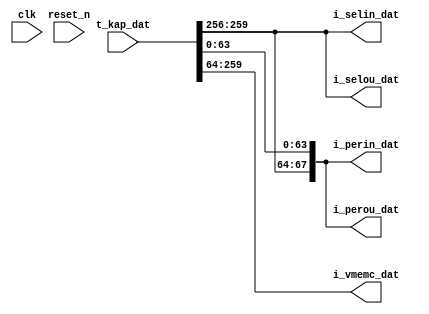
module kap_ctrl_dat_1_5
  (
   input wire [259:0] t_kap_dat,
   
   output wire [3:0]                         i_selin_dat,
   output wire [67:0]                i_perin_dat,
   output wire [195:0]                i_vmemc_dat,
   output wire [67:0]                i_perou_dat,
   output wire [3:0]                         i_selou_dat,
   
   input wire                                                  clk, reset_n
   );

   assign i_selin_dat=t_kap_dat[259:256];
   assign i_perin_dat={i_selin_dat,t_kap_dat[63:0]};
   assign i_vmemc_dat={i_selin_dat,t_kap_dat[255:64]};
   assign i_perou_dat={i_selin_dat,t_kap_dat[63:0]};
   assign i_selou_dat=t_kap_dat[259:256];
   
endmodule